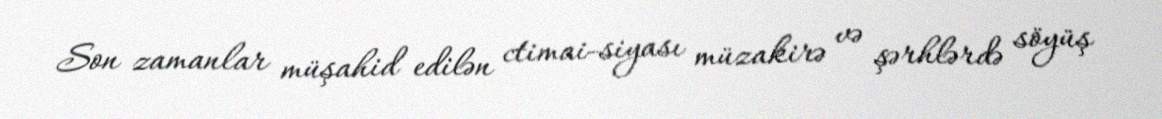
Son zamanlar müşahid edilən ctimai-siyası müzakirə və şərhlərdə söyüş